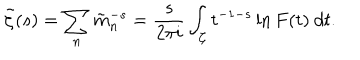
\tilde { \zeta } ( s ) = \sum _ { n } \tilde { m } _ { n } ^ { - s } = { \frac { s } { 2 \pi i } } \int _ { \cal C } t ^ { - 1 - s } \ln F ( t ) \ d t .